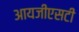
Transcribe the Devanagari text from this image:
आयजीएसटी